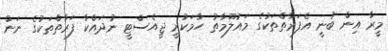
މީރާ އިން ބުނީ އެފަރާތްތަކުގެ މައުލޫމާތު ހާމަކުރީ ޖީއެސްޓީ ނުދައްކާ ފަރާތްތަކުގެ ނަން